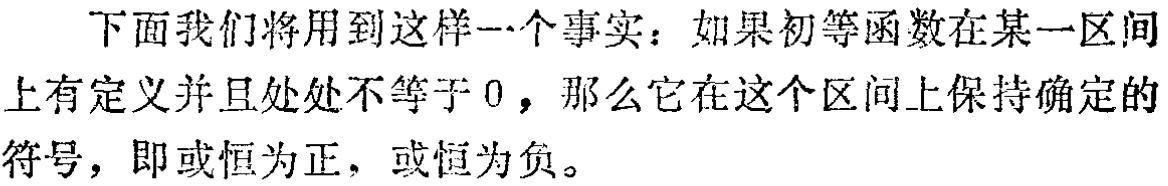
下面我们将用到这样一个事实：如果初等函数在某一区间上有定义并且处处不等于 \(0\)，那么它在这个区间上保持确定的符号，即或恒为正，或恒为负。